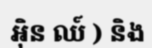
អ៊ិន ឈ៍ ) និង